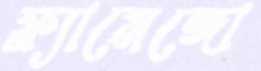
ফ্ল্যামেঙ্গো